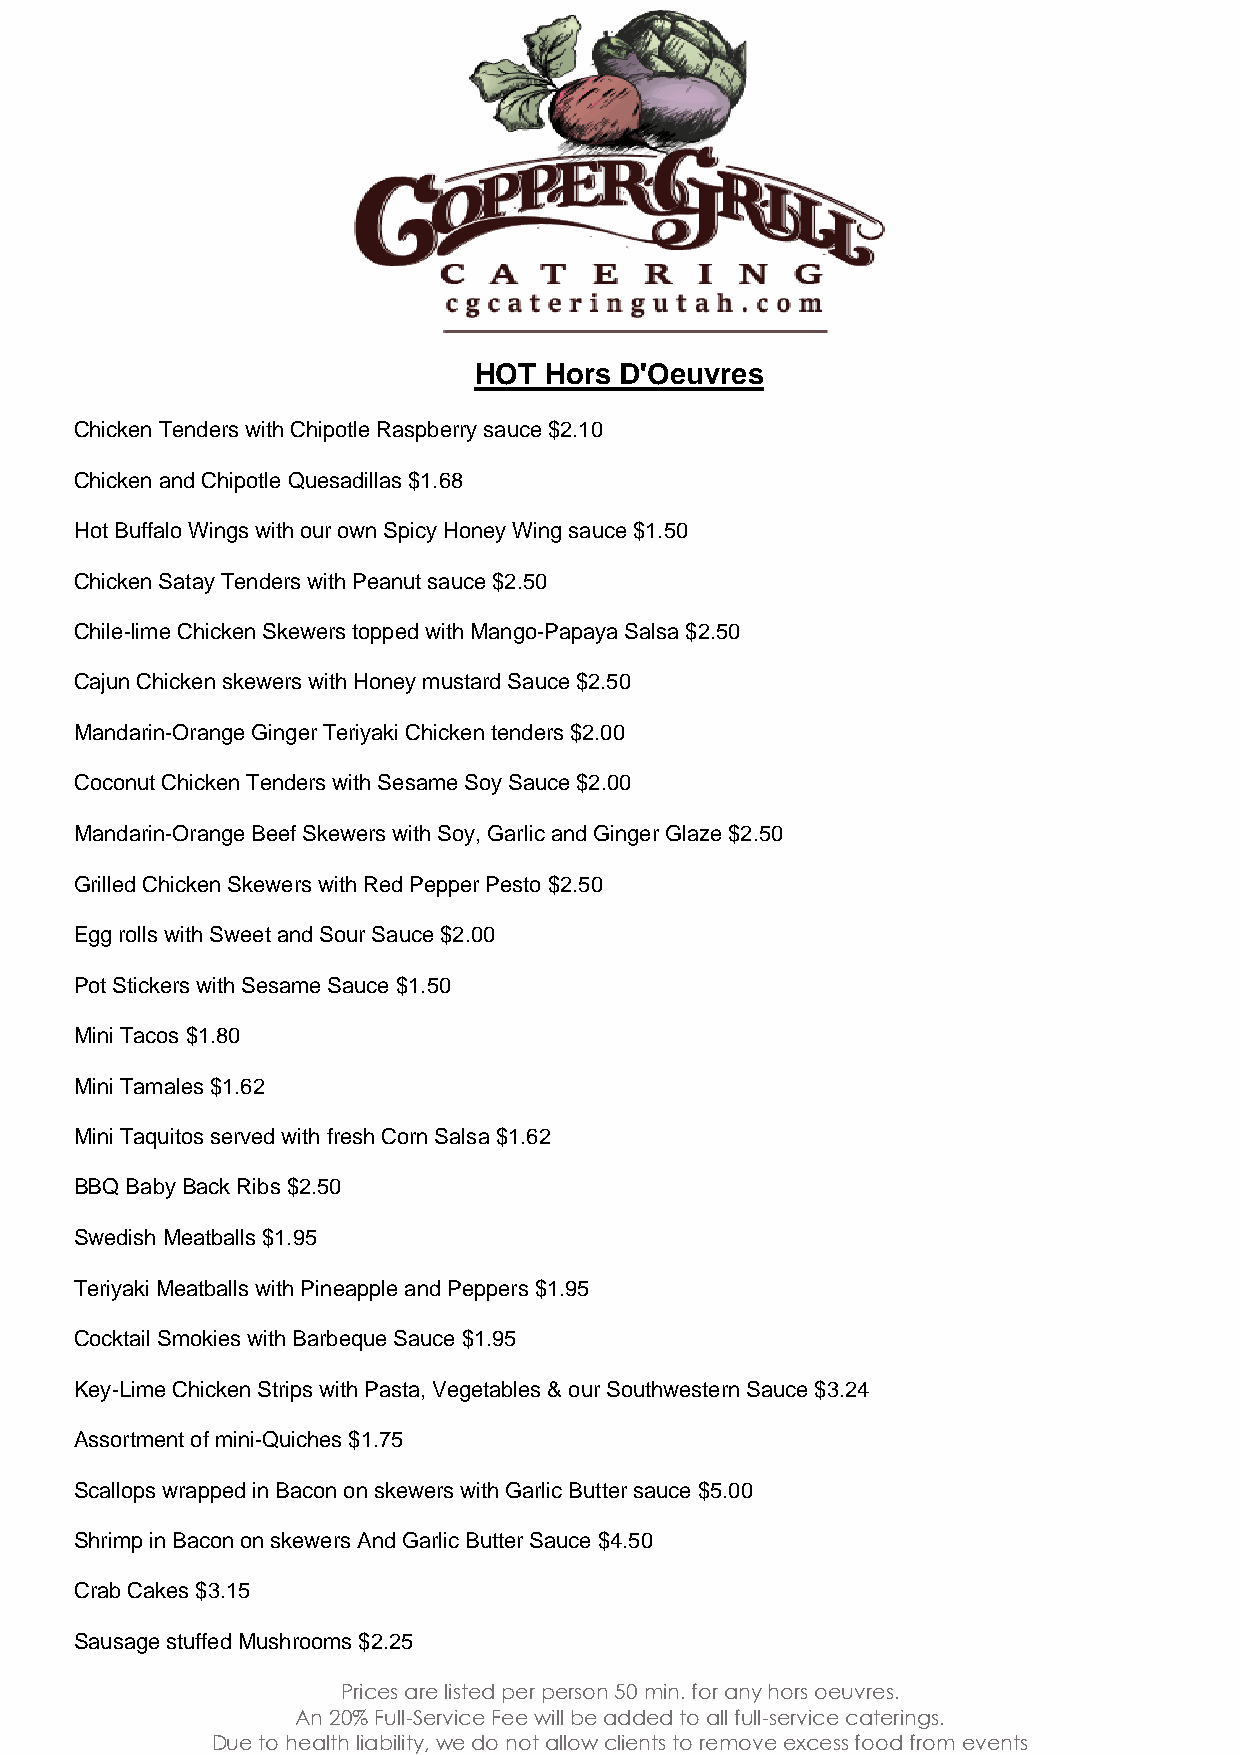
HOT  Hors D'Oeuvres
 Chicken Tenders with Chipotle Raspberry sauce $2.10
 Chicken and Chipotle Quesadillas $1.68
 Hot Buffalo Wings with our own Spicy Honey Wing sauce $1.50
 Chicken Satay Tenders with Peanut sauce $2.50
 Chile-lime Chicken Skewers topped with Mango-Papaya Salsa $2.50
 Cajun Chicken skewers with Honey mustard Sauce $2.50
 Mandarin-Orange Ginger Teriyaki Chicken tenders $2.00
 Coconut Chicken Tenders with Sesame Soy Sauce $2.00
 Mandarin-Orange Beef Skewers with Soy, Garlic and Ginger Glaze $2.50
 Grilled Chicken Skewers with Red Pepper Pesto $2.50
 Egg rolls with Sweet and Sour Sauce $2.00
 Pot Stickers with Sesame Sauce $1.50
 Mini Tacos $1.80
 Mini Tamales $1.62
 Mini Taquitos served with fresh Corn Salsa $1.62
 BBQ Baby Back Ribs $2.50
 Swedish Meatballs $1.95
 Teriyaki Meatballs with Pineapple and Peppers $1.95
 Cocktail Smokies with Barbeque Sauce $1.95
 Key-Lime Chicken Strips with Pasta, Vegetables & our Southwestern Sauce $3.24
 Assortment of mini-Quiches $1.75
 Scallops wrapped in Bacon on skewers with Garlic Butter sauce $5.00
 Shrimp in Bacon on skewers And Garlic Butter Sauce $4.50
 Crab Cakes $3.15
 Sausage stuffed Mushrooms $2.25
 Prices are listed per person 50 min. for any hors oeuvres.
 An 20% Full-Service Fee will be added to all full-service caterings.
 Due to health liability, we do not allow clients to remove excess food from events